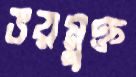
ভয়মুক্ত